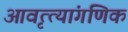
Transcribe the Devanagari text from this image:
आवृत्त्यांगणिक